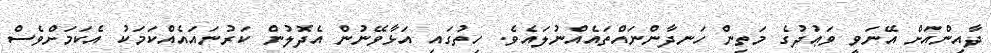
ދާއިންއަށް އޭނަވީ ވަޢުދުގެ މަތިން ހަނދާންނައްތައެއްނުލައެވެ. ހިތުގައި އަޅާވޭނުން އެދޮލުން ކަރުނައައެއްކަމަކު އެކަމަށްވެސް